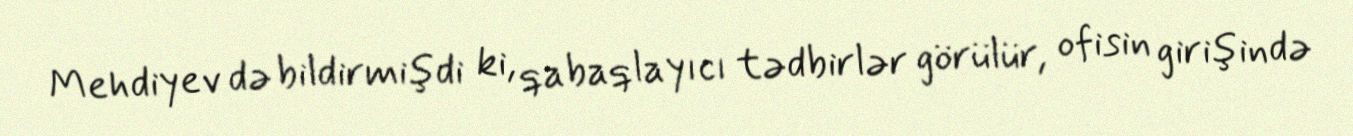
Mehdiyev də bildirmişdi ki, qabaqlayıcı tədbirlər görülür, ofisin girişində